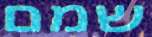
שמם